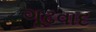
ગૂઢવાદ